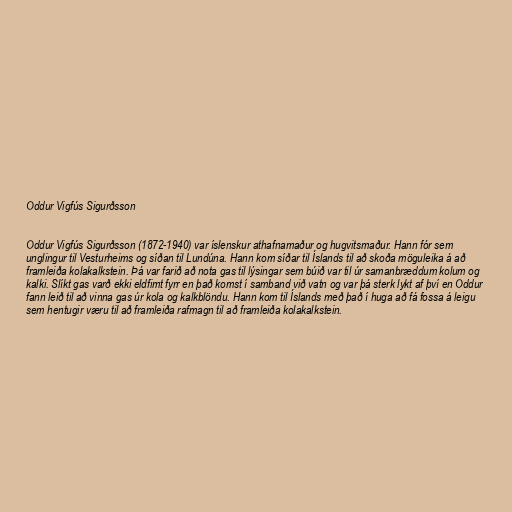
Oddur Vigfús Sigurðsson

Oddur Vigfús Sigurðsson (1872-1940) var íslenskur athafnamaður og hugvitsmaður. Hann fór sem
unglingur til Vesturheims og síðan til Lundúna. Hann kom síðar til Íslands til að skoða möguleika á að
framleiða kolakalkstein. Þá var farið að nota gas til lýsingar sem búið var til úr samanbræddum kolum og
kalki. Slíkt gas varð ekki eldfimt fyrr en það komst í samband við vatn og var þá sterk lykt af því en Oddur
fann leið til að vinna gas úr kola og kalkblöndu. Hann kom til Íslands með það í huga að fá fossa á leigu
sem hentugir væru til að framleiða rafmagn til að framleiða kolakalkstein.